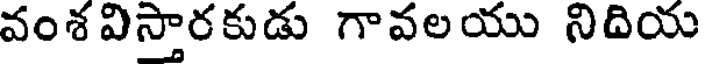
వంశ విస్తారకుడు గావలయు నిదియ